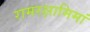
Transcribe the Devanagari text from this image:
रामरक्षामिमां